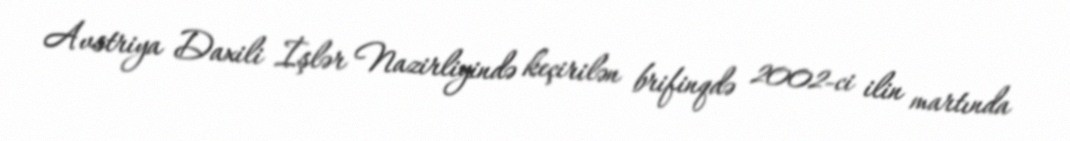
Avstriya Daxili İşlər Nazirliyində keçirilən brifinqdə 2002-ci ilin martında